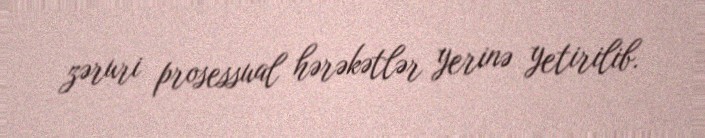
zəruri prosessual hərəkətlər yerinə yetirilib.